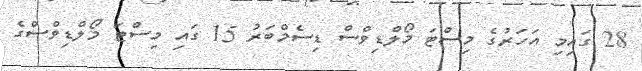
28 ގައިމި އަހަރުގެ މިސްޓަ މޯލްޑިވްސް ޑިސެމްބަރު 15 ގައި މިސްޓަ މޯލްޑިވްސްގެ